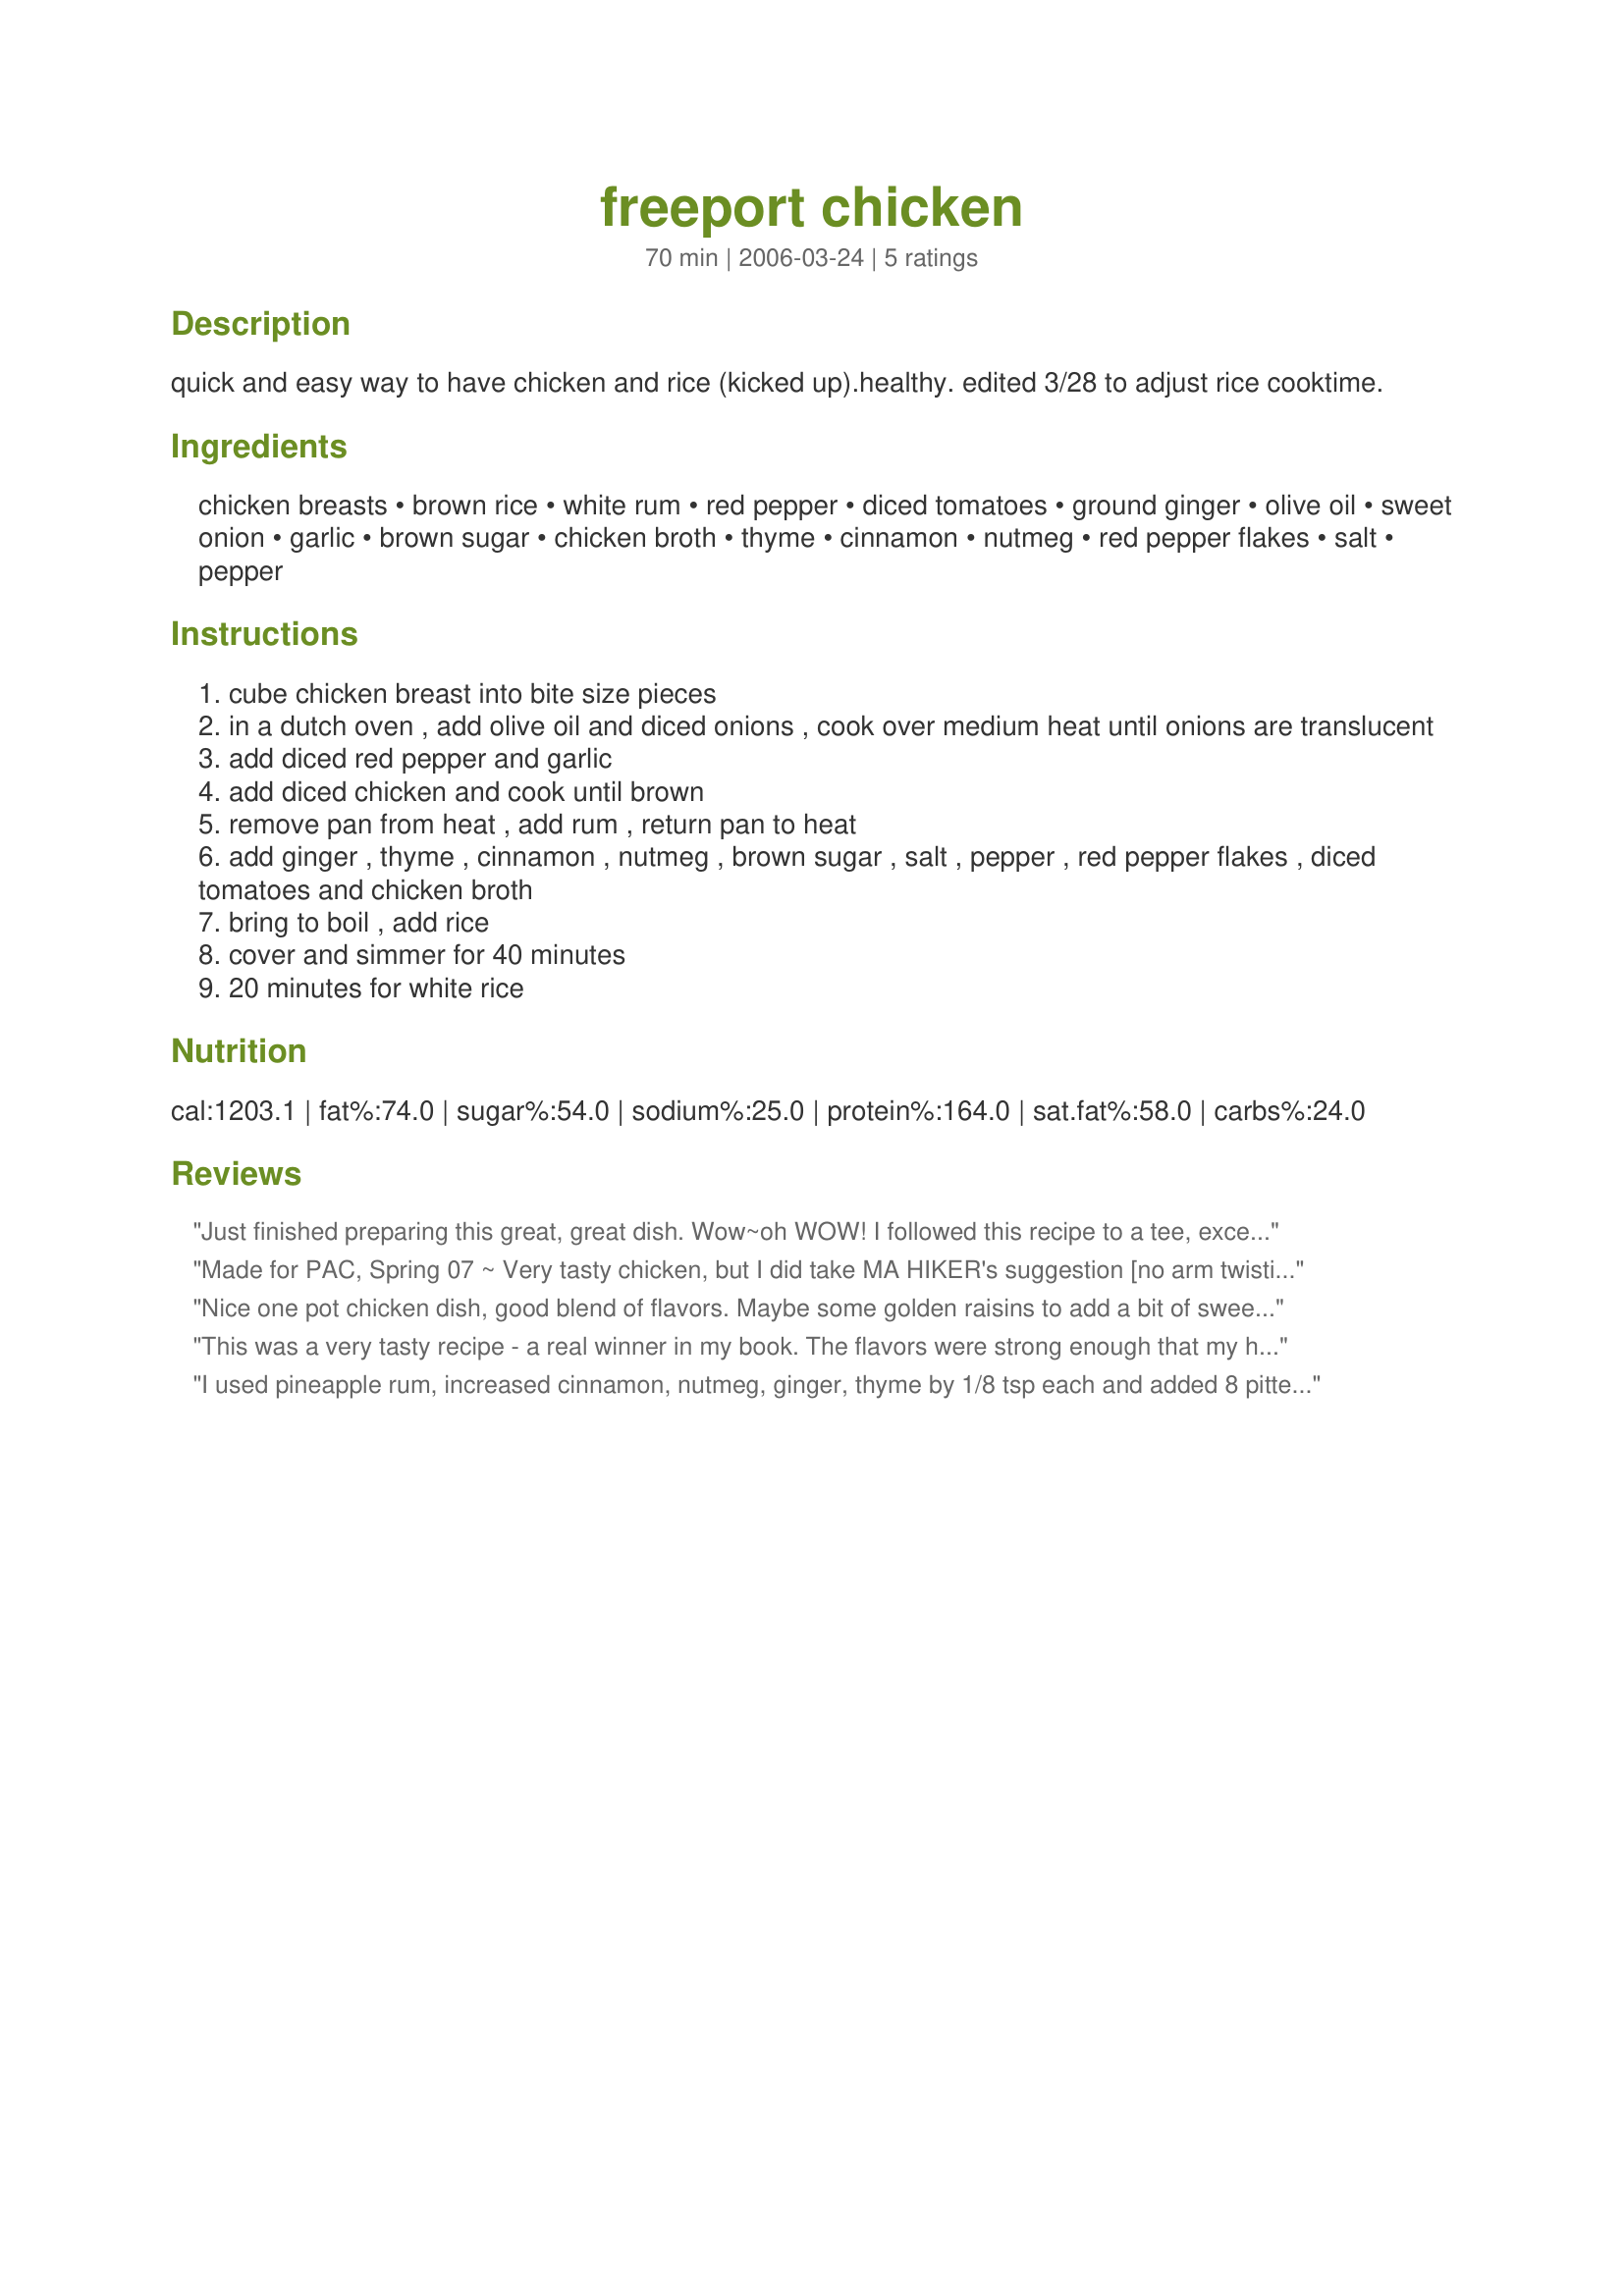
freeport chicken
Preparation time: 70 minutes

quick and easy way to have chicken and rice (kicked up).healthy. edited 3/28 to adjust rice cooktime.

Ingredients:
chicken breasts, brown rice, white rum, red pepper, diced tomatoes, ground ginger, olive oil, sweet onion, garlic, brown sugar, chicken broth, thyme, cinnamon, nutmeg, red pepper flakes, salt, pepper

Steps:
cube chicken breast into bite size pieces
in a dutch oven , add olive oil and diced onions , cook over medium heat until onions are translucent
add diced red pepper and garlic
add diced chicken and cook until brown
remove pan from heat , add rum , return pan to heat
add ginger , thyme , cinnamon , nutmeg , brown sugar , salt , pepper , red pepper flakes , diced tomatoes and chicken broth
bring to boil , add rice
cover and simmer for 40 minutes
20 minutes for white rice

Reviews:
Just finished preparing this great, great dish. Wow~oh WOW! I followed this recipe to a tee, except for the following, slight additions. I didn't have Rum, (who doesn't HAVE Rum?) so I used my DH's expensive Scotch :) It tasted similar in this recipe, since it cooks for a while. I also threw in some olives, (left over from the weekend), and cooked the chicken breasts whole, (browned them in olive oil first) and those were the only changes, I made. Truthfully, I could just take a spoon and slurp up the "sauce" (not because of the alcohol! :) ) it is that delightfully, wonderfully, spiced. Not SPICY, just tastes like spice from the Caribbean! Ed&Theresa~thank you for such a remarkable recipe! I will use this often!
Made for PAC, Spring 07 ~ Very tasty chicken, but I did take MA HIKER's suggestion [no arm twisting needed when it comes to adding raisins!] & included 1/4 cup of golden raisins! The combination of flavors worked just great for me [understand, I LOVE RAISINS]! Thanks much for posting this recipe ~ Will be making it again!
Nice one pot chicken dish, good blend of flavors. Maybe some golden raisins to add a bit of sweet! Only tip - brown rice does not cook in 20 minutes of simmering. My rice was definitely "al dente" - so I simmered for a total of 50 minutes and it had a much better texture. The 20 minutes would work fine with white rice.
This was a very tasty recipe - a real winner in my book. The flavors were strong enough that my husband could enjoy it even with a cold. I am looking forward to eating leftovers tonight.
I used pineapple rum, increased cinnamon, nutmeg, ginger, thyme by 1/8 tsp each and added 8 pitted prunes, chopped and 2 tsp tomato paste. I didn't add the rice, but simmered it until the broth thickened and served it over white rice. Great flavor. DH LOVED it!Thanks for sharing your recipe.
